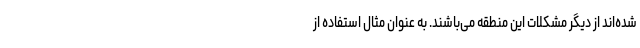
شده‌اند از دیگر مشکلات این منطقه می‌باشند. به عنوان مثال استفاده از